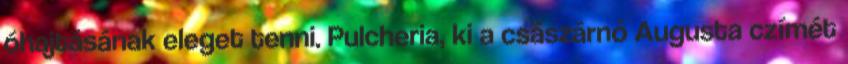
óhajtásának eleget tenni. Pulcheria, ki a császárnő Augusta czímét